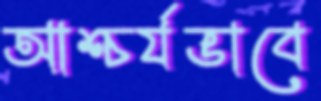
আশ্চর্যভাবে